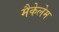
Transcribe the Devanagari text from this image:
मैकेलेम